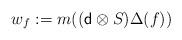
LaTeX: \begin{align*} w_f:=m(( {\sf d}\otimes S) \Delta(f)) \end{align*}